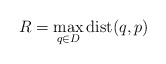
\begin{align*}R=\max_{q\in D} {\rm dist}(q,p)\end{align*}